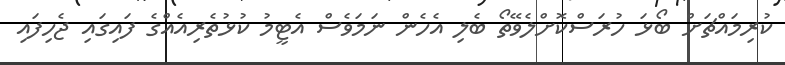
ކުރިމައްޗަށް ބޯޅަ ހުރަސްކޮށްލެވޭތޯ ބެލި އެހެން ނަމަވެސް އެޓީމު ކުޅުތެރިއެއްގެ ފައިގައި ޖެހިފައި